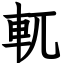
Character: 軏